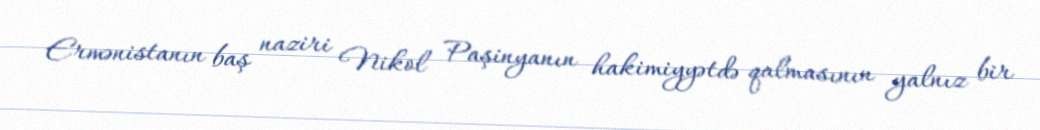
Ermənistanın baş naziri Nikol Paşinyanın hakimiyyətdə qalmasının yalnız bir